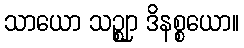
သာယော သဉ္ဈာ ဒိနစ္စယော။